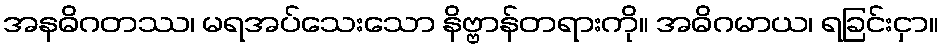
အနဓိဂတဿ၊ မရအပ်သေးသော နိဗ္ဗာန်တရားကို။ အဓိဂမာယ၊ ရခြင်းငှာ။